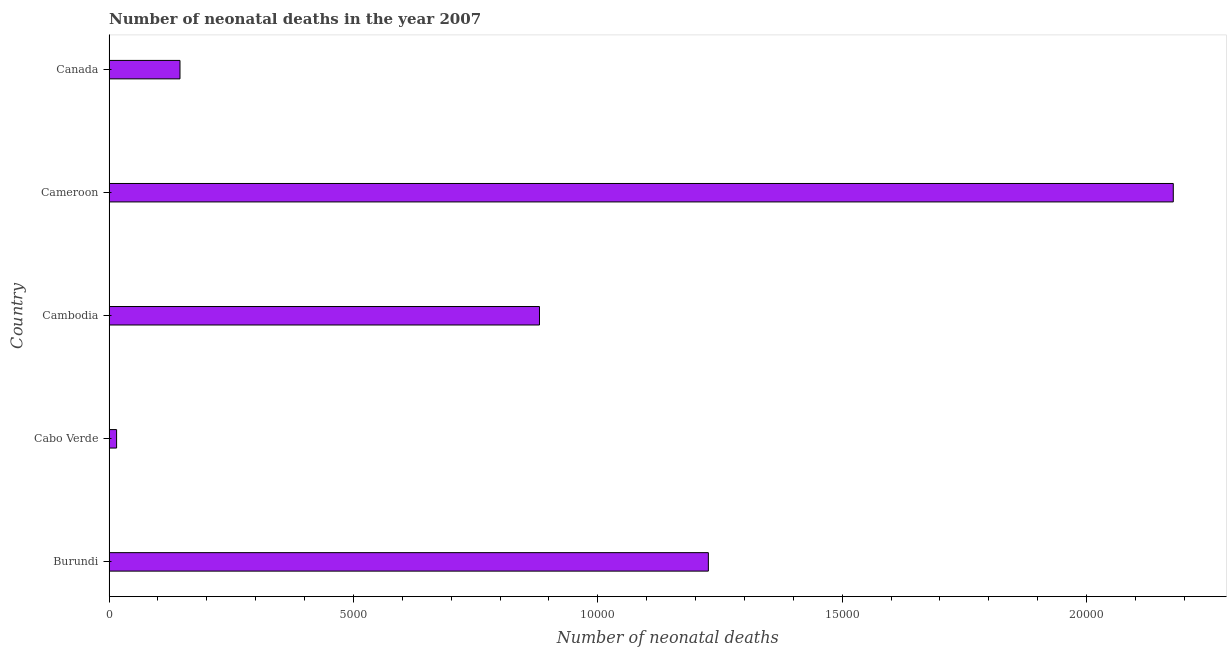
| Country | Neonatal deaths |
 | --- | --- |
 | Burundi | 1.23e+04 |
 | Cabo Verde | 154 |
 | Cambodia | 8.81e+03 |
 | Cameroon | 2.18e+04 |
 | Canada | 1.45e+03 |